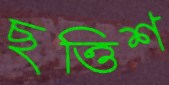
ছত্তিশ